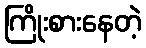
ကြိုးစားနေတဲ့